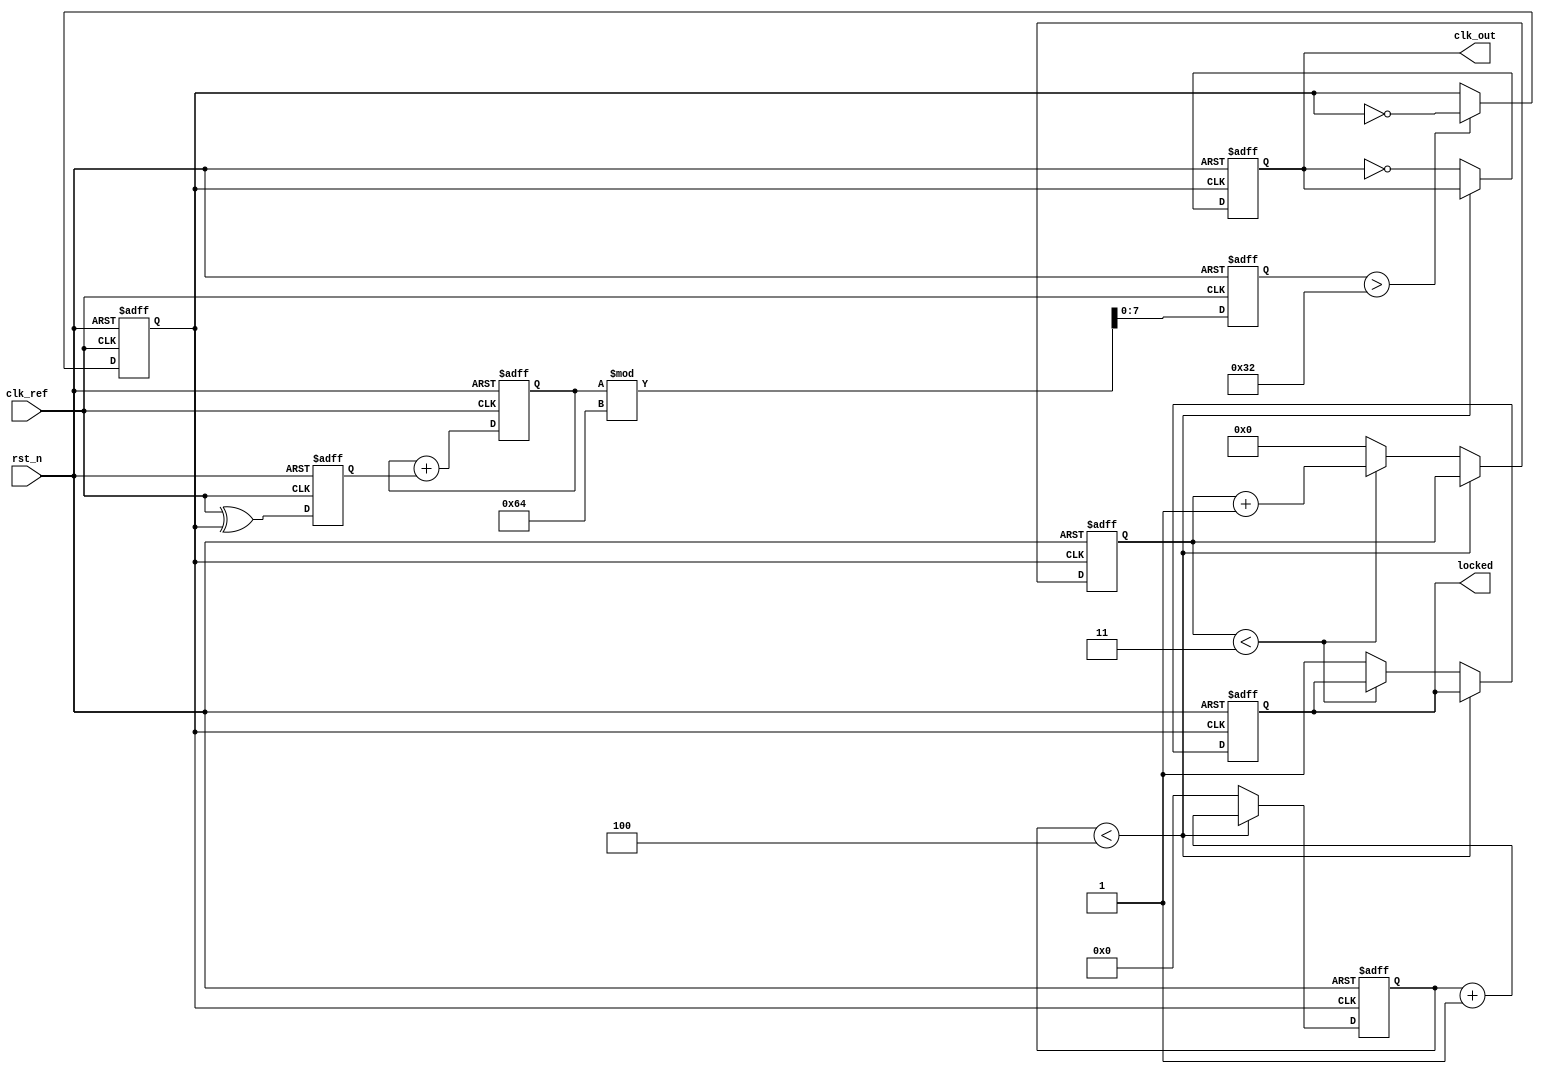
module frac_n_pll (
    input wire clk_ref,          // Reference clock input
    input wire rst_n,           // Active low reset
    output reg clk_out,         // Output clock
    output reg locked           // Lock indicator
);

// Parameters
parameter N_INT = 4;          // Integer division ratio
parameter N_FRAC = 3;         // Fractional division ratio
parameter N_FRAC_MAX = 8;     // Maximum fractional cycles
parameter VCO_MAX_FREQ = 100; // Maximum VCO frequency (arbitrary units)

// Internal signals
reg [N_FRAC_MAX-1:0] frac_counter; // Counter for fractional cycles
reg [N_INT-1:0] int_counter;        // Counter for integer cycles
reg [7:0] vco_control;              // Control voltage for VCO
reg vco_clk;                        // VCO clock output
reg [7:0] loop_filter;              // Loop filter output

// Phase Detector (PFD)
reg pd_output; // Phase detector output
always @(posedge clk_ref or negedge rst_n) begin
    if (!rst_n) begin
        pd_output <= 0;
    end else begin
        // Simple XOR phase detector
        pd_output <= clk_ref ^ vco_clk; // Phase difference
    end
end

// Loop Filter (LF)
always @(posedge clk_ref or negedge rst_n) begin
    if (!rst_n) begin
        loop_filter <= 0;
    end else begin
        // Simple low-pass filter (1st order)
        loop_filter <= loop_filter + pd_output; // Accumulate error signal
    end
end

// Voltage-Controlled Oscillator (VCO)
always @(posedge clk_ref or negedge rst_n) begin
    if (!rst_n) begin
        vco_control <= 0;
        vco_clk <= 0;
    end else begin
        // Control VCO frequency based on loop filter output
        vco_control <= loop_filter[7:0] % VCO_MAX_FREQ; // Limit control voltage
        vco_clk <= (vco_control > 50) ? ~vco_clk : vco_clk; // Simple toggle logic
    end
end

// Frequency Divider
always @(posedge vco_clk or negedge rst_n) begin
    if (!rst_n) begin
        int_counter <= 0;
        frac_counter <= 0;
        clk_out <= 0;
        locked <= 0;
    end else begin
        // Integer division
        if (int_counter < N_INT) begin
            int_counter <= int_counter + 1;
        end else begin
            int_counter <= 0;
            clk_out <= ~clk_out; // Toggle output clock
            // Fractional division
            if (frac_counter < N_FRAC) begin
                frac_counter <= frac_counter + 1;
            end else begin
                frac_counter <= 0;
                locked <= 1; // Indicate that PLL is locked
            end
        end
    end
end

endmodule